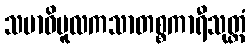
သမာဓိမူလကသာတစ္စကာရီသုတ္တံ